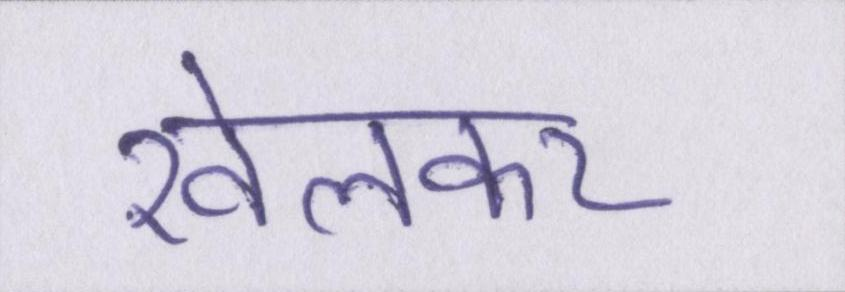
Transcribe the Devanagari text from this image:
खेलकर